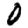
Digit: 0